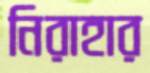
নিরাহার